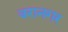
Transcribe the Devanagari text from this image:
बरानगर